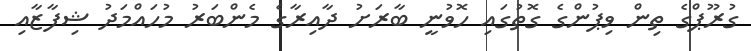
ގުރޫޕްގެ ތިން ވިޕުންގެ ގޮތުގައި ހޮވުނީ ބާރަށު ދާއިރާގެ މެންބަރު މުހައްމަދު ޝިފާޒާއި